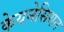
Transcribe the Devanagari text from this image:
केयनेसियन